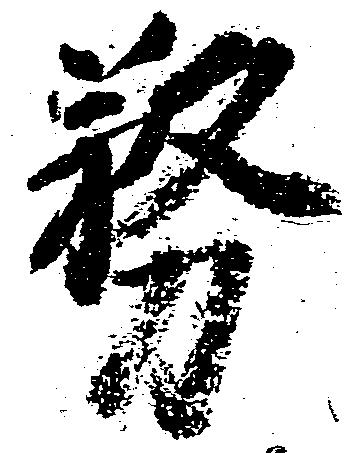
務